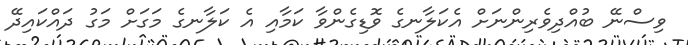
ވިސްނޭ ބުއްދިވެރިންނަށް އެކަލާނގެ ވޮޑިގެންވާ ކަމާއި އެ ކަލާނގެ މަގަށް މަގު ދައްކައިދޭ